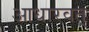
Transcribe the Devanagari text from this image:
आधारवत्